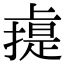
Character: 䶶